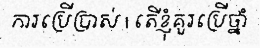
ការប្រើប្រាស់ | តើខ្ញុំគួរប្រើថ្នាំ